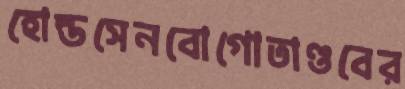
হোল্ডসেনবোগোতাণ্ডবের